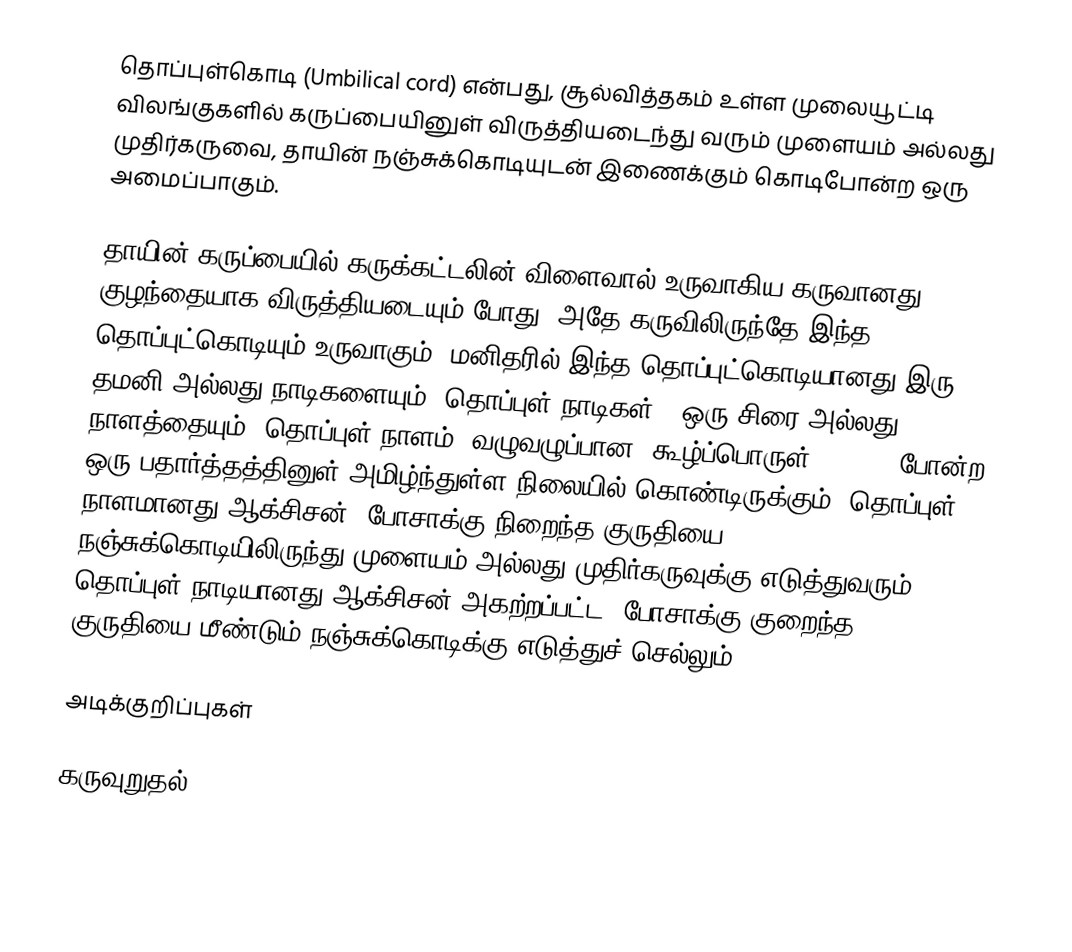
தொப்புள்கொடி (Umbilical cord) என்பது, சூல்வித்தகம் உள்ள முலையூட்டி விலங்குகளில் கருப்பையினுள் விருத்தியடைந்து வரும் முளையம் அல்லது முதிர்கருவை, தாயின் நஞ்சுக்கொடியுடன் இணைக்கும் கொடிபோன்ற ஒரு அமைப்பாகும்.

தாயின் கருப்பையில் கருக்கட்டலின் விளைவால் உருவாகிய கருவானது குழந்தையாக விருத்தியடையும் போது, அதே கருவிலிருந்தே இந்த தொப்புட்கொடியும் உருவாகும். மனிதரில் இந்த தொப்புட்கொடியானது இரு தமனி அல்லது நாடிகளையும் (தொப்புள் நாடிகள்), ஒரு சிரை அல்லது நாளத்தையும் (தொப்புள் நாளம்) வழுவழுப்பான, கூழ்ப்பொருள் (jelly) போன்ற ஒரு பதார்த்தத்தினுள் அமிழ்ந்துள்ள நிலையில் கொண்டிருக்கும். தொப்புள் நாளமானது ஆக்சிசன், போசாக்கு நிறைந்த குருதியை நஞ்சுக்கொடியிலிருந்து முளையம் அல்லது முதிர்கருவுக்கு எடுத்துவரும். தொப்புள் நாடியானது ஆக்சிசன் அகற்றப்பட்ட, போசாக்கு குறைந்த குருதியை மீண்டும் நஞ்சுக்கொடிக்கு எடுத்துச் செல்லும்.

அடிக்குறிப்புகள்

கருவுறுதல்